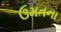
ઉમતના